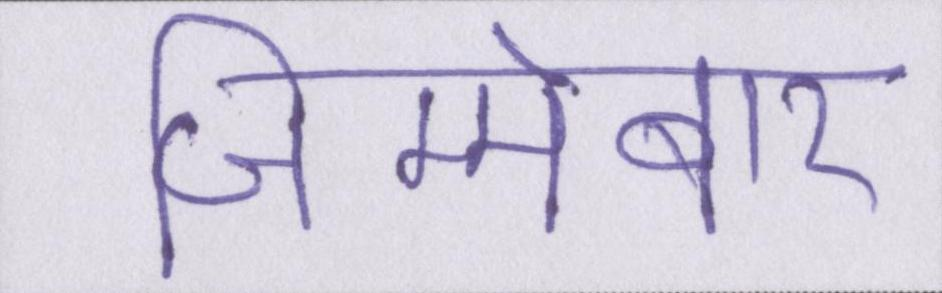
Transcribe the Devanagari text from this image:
जिम्मेबार